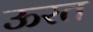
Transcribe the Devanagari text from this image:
ऊरत